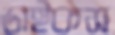
ডাইকস